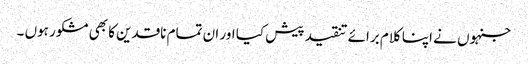
جنہوں نے اپنا کلام برائے تنقید پیش کیا اور ان تمام ناقدین کا بھی مشکور ہوں ۔